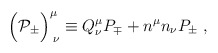
\begin{align*}\Bigr({\cal P}_{\pm}\Bigr)_{\; \nu}^{\mu} \equiv Q^{\mu}_{\nu}P_{\mp} + n^{\mu}n_{\nu}P_{\pm} \; ,\end{align*}